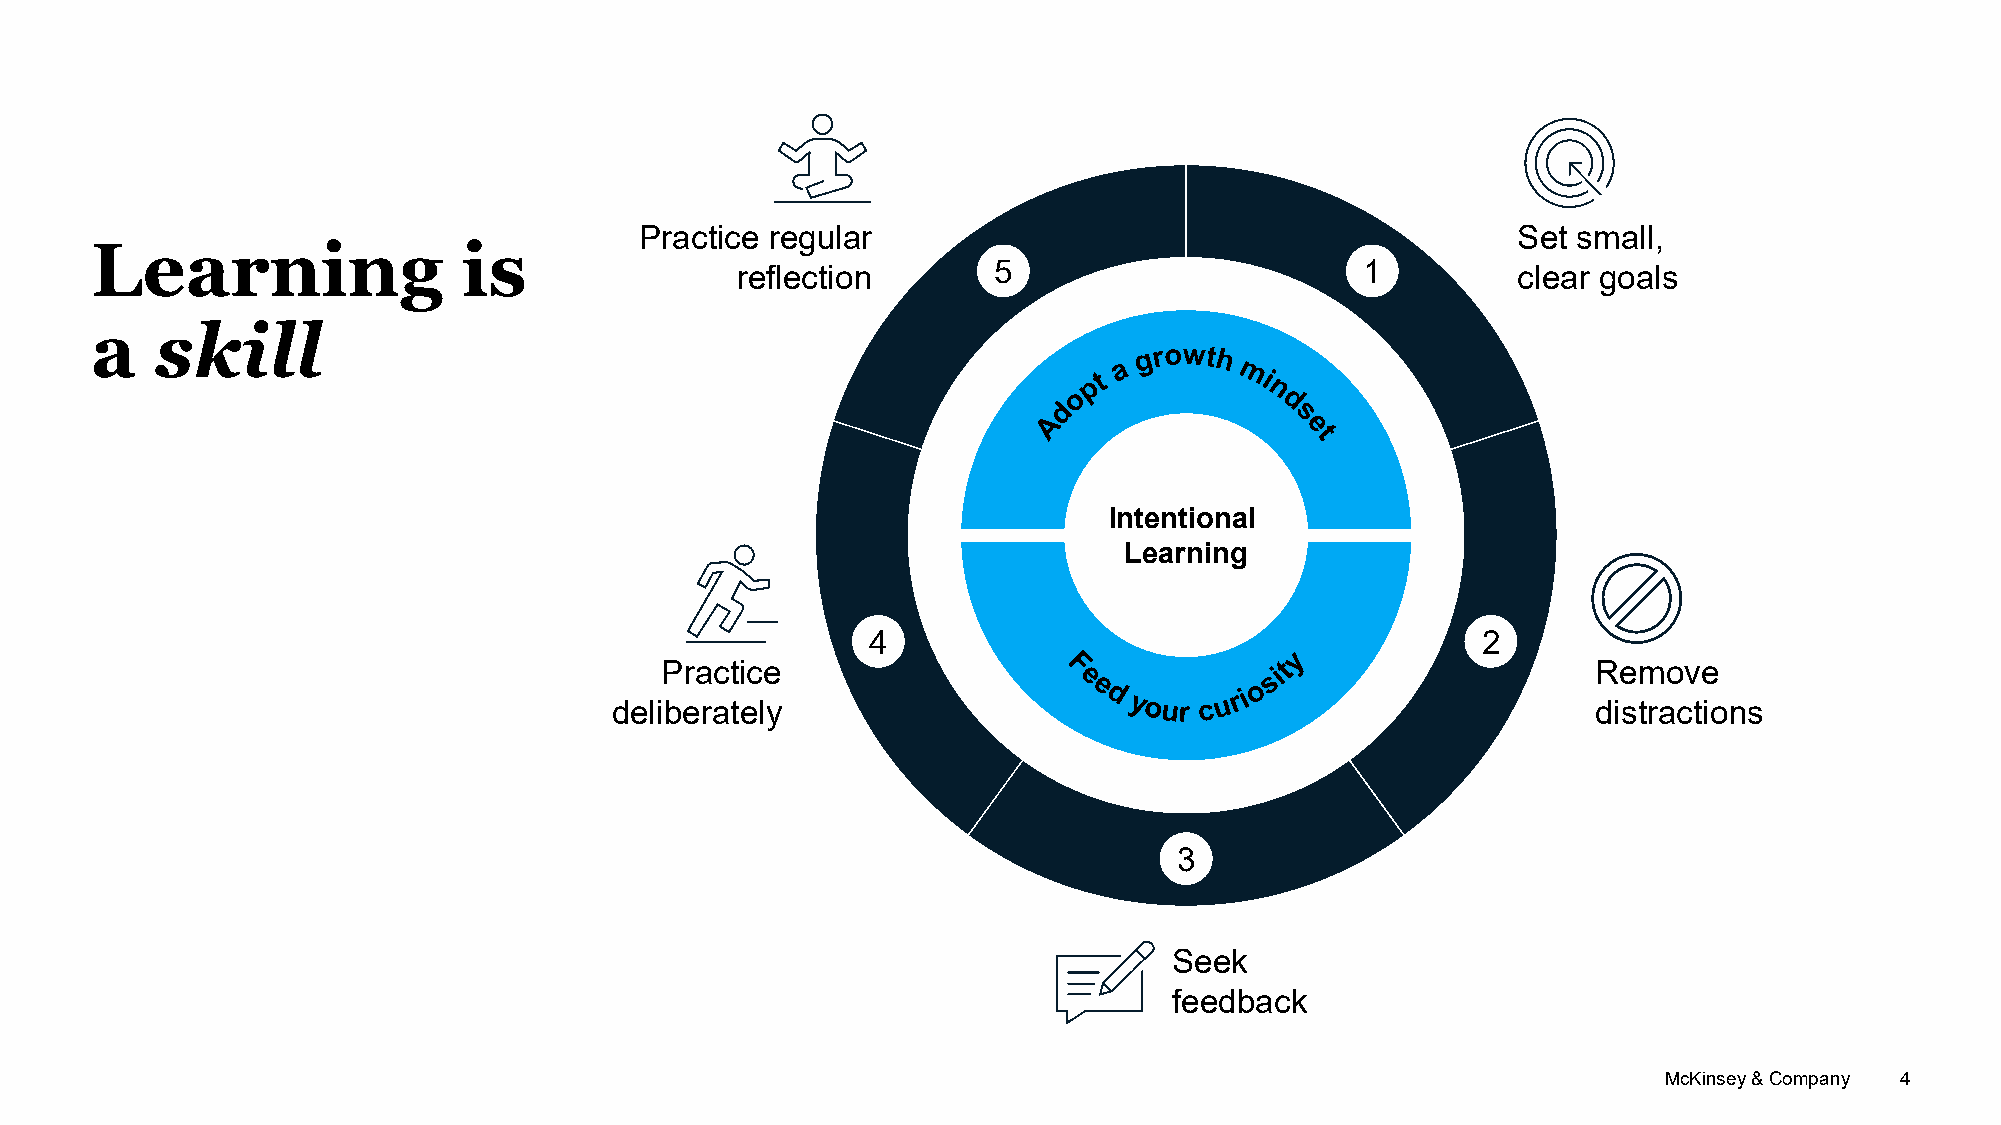
Practice regular                                          Set small,
 Learning                 is
 reflection       5                       1         clear goals
 a   skill
 Intentional
 Learning
 4                                       2
 Practice                                                      Remove
 deliberately                                                      distractions
 3
 Seek
 feedback
 McKinsey & Company 4